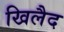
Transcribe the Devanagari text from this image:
खिलैद